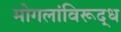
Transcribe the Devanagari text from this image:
मोगलांविरूद्ध